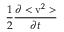
\frac { 1 } { 2 } \frac { \partial < \mathrm { v } ^ { 2 } > } { \partial t }